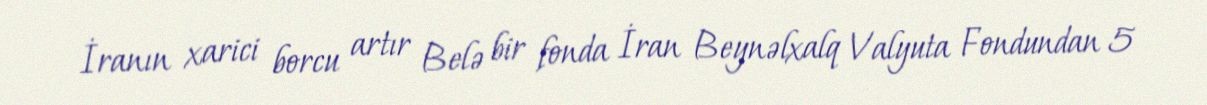
İranın xarici borcu artır Belə bir fonda İran Beynəlxalq Valyuta Fondundan 5